NAE_ERA_R-1665_Eesti_Kunstnike_Liit, lk 24
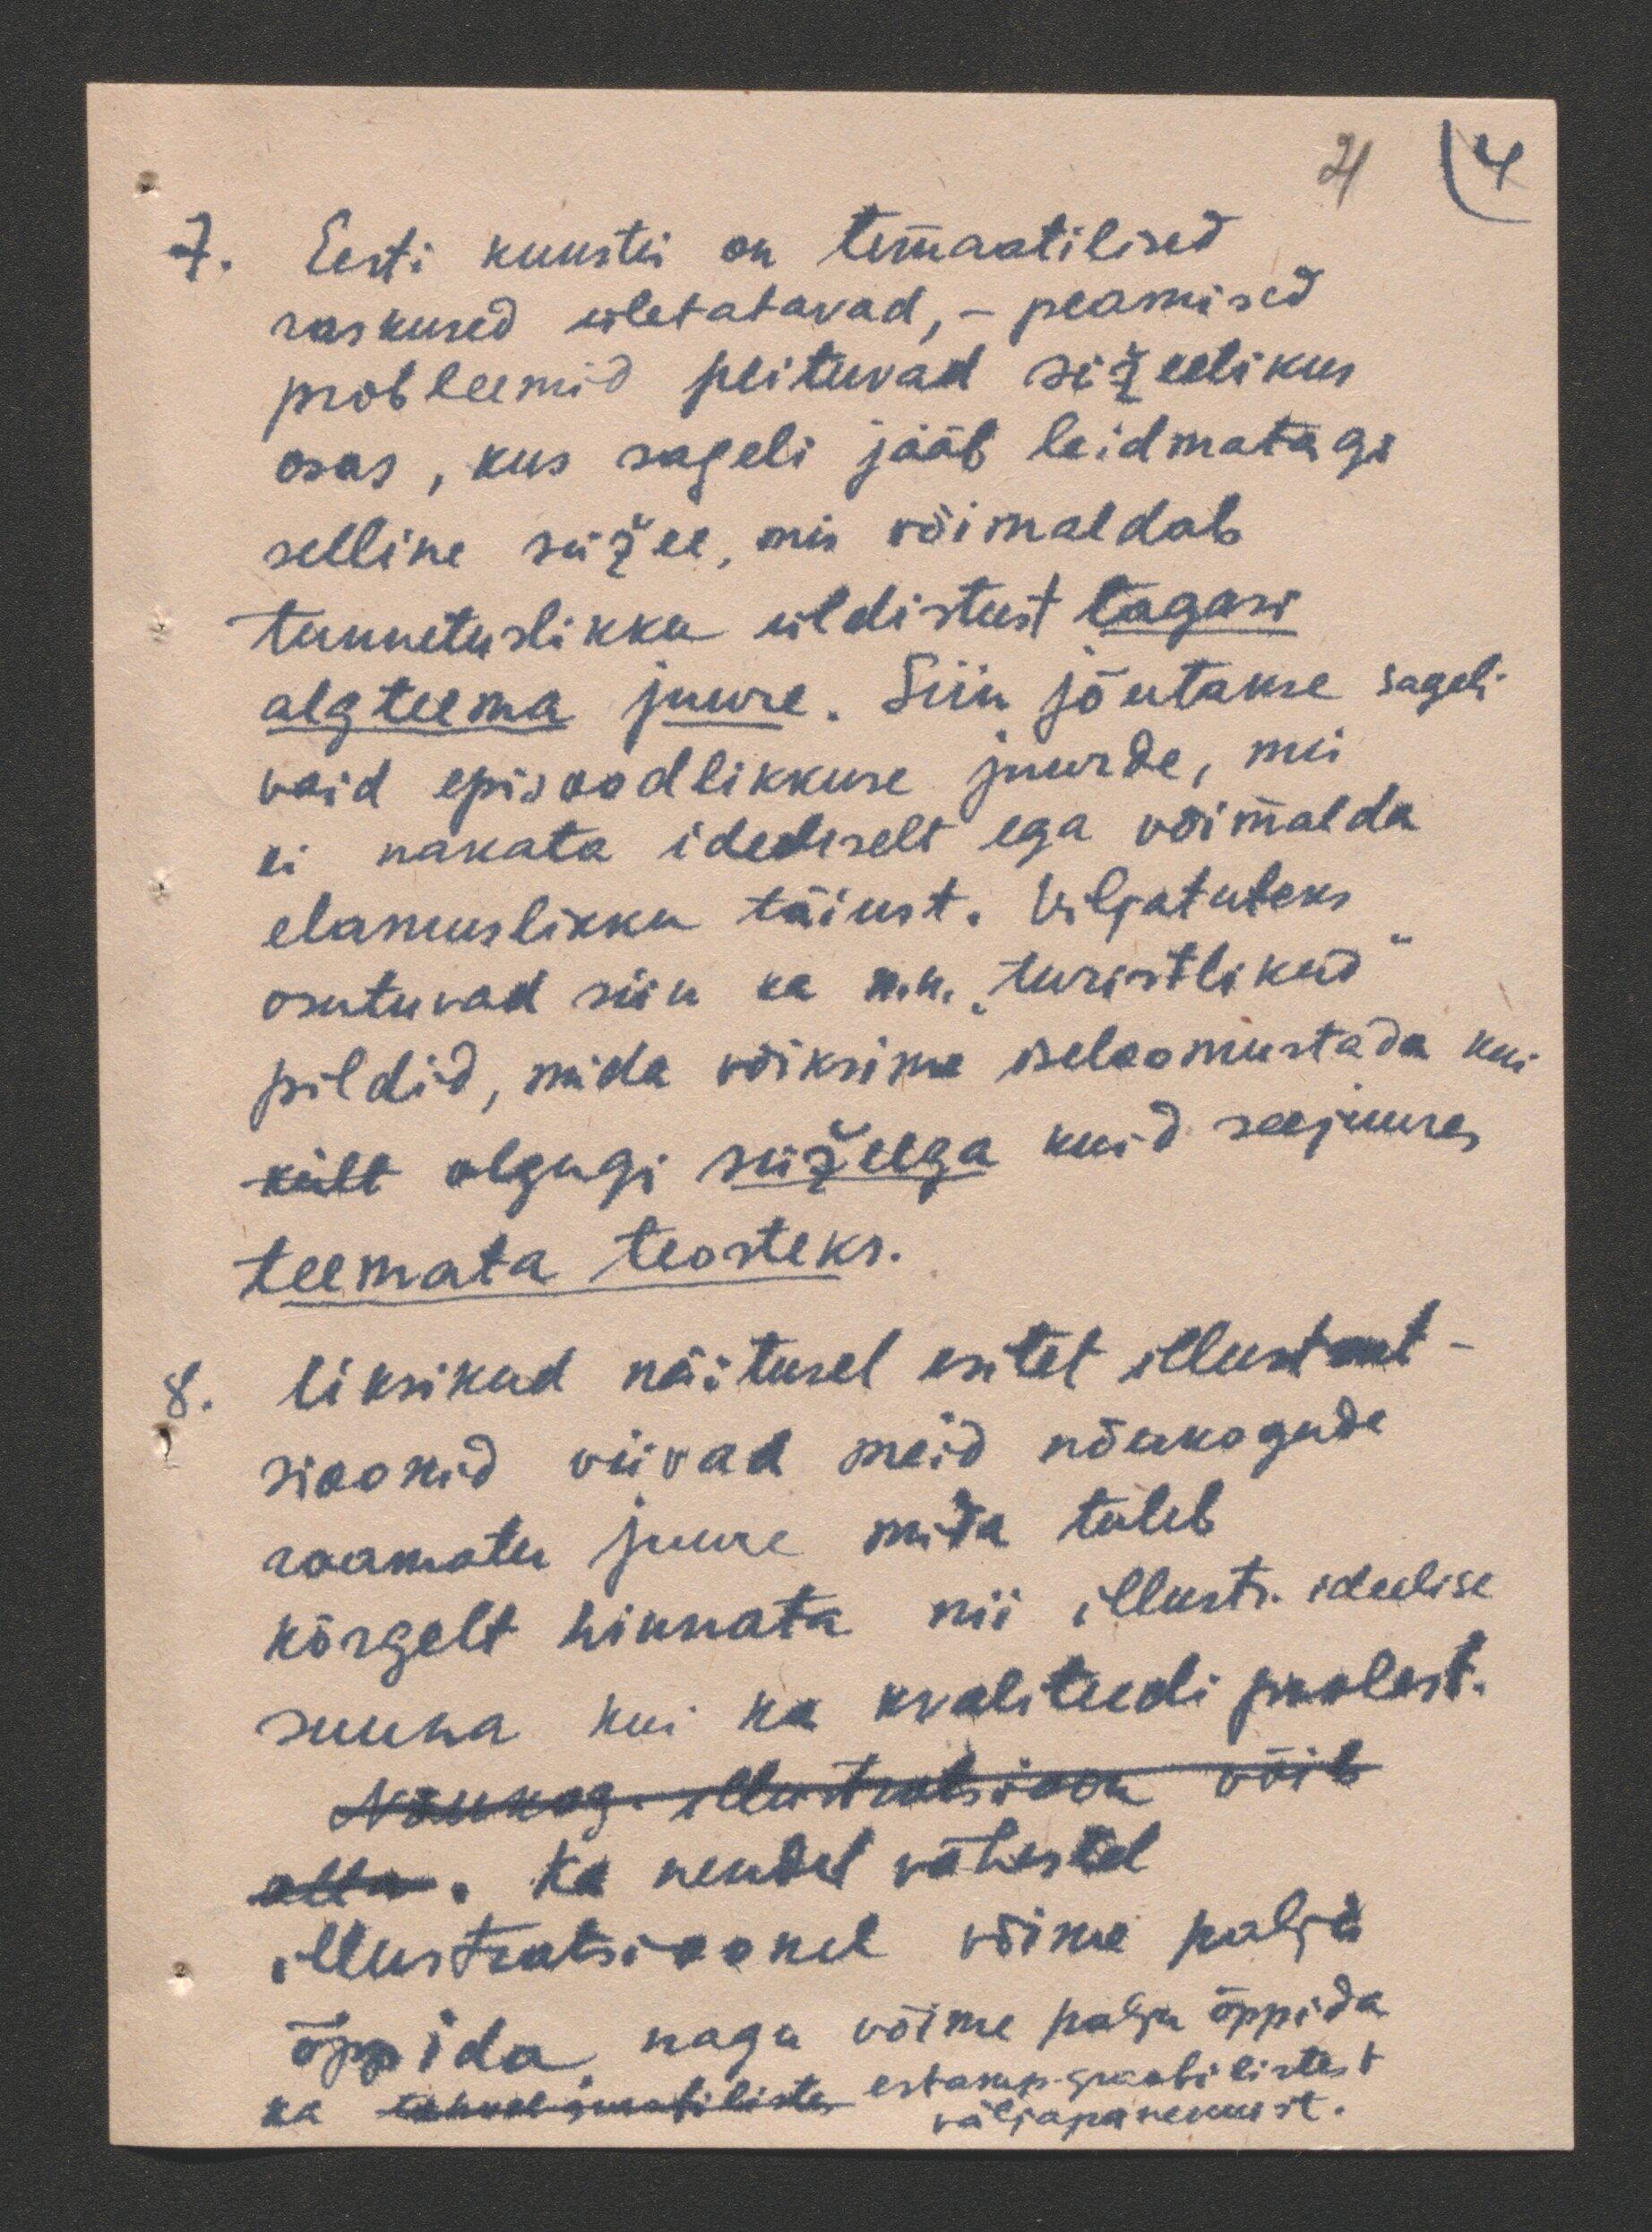
4
(4
7. Eesti kunstis on temaatilised
raskused ületatavad, - peamised
probleemid peituvad süžeelikus
osas, kus sageli jääb leidmatagi
selline süžee, mis võimaldab
tunnetuslikku üldistust tagasi
algteema juure. Siin jõutakse sageli
vaid episoodlikkuse juurde, mis
ei nakata ideeliselt ega võimalda
elamuslikku täiust. Viljatuteks
osutuvad siin ka n.n. "turistlikud"
pildid, mida võiksime iseloomustada kui
küll olgugi süžeega kuid seejuures
teemata teosteks.
Üksikud näitused esitet illustrat-
sioonid viivad meid nõukogude
raamatu juure mida tuleb
kõrgelt hinnata nii illustr. ideelise
suuna kui ka kvaliteedi poolest.
Nõukog. Mustratsioon võib
alla. Ka nendel vähestel
illustratsioonil võime palju
õppida, nagu võime palju õppida
ka lahvalgusafiliste eslaupigusaalilistest
väljapanekutest.